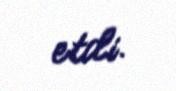
etdi.